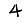
Digit: 4